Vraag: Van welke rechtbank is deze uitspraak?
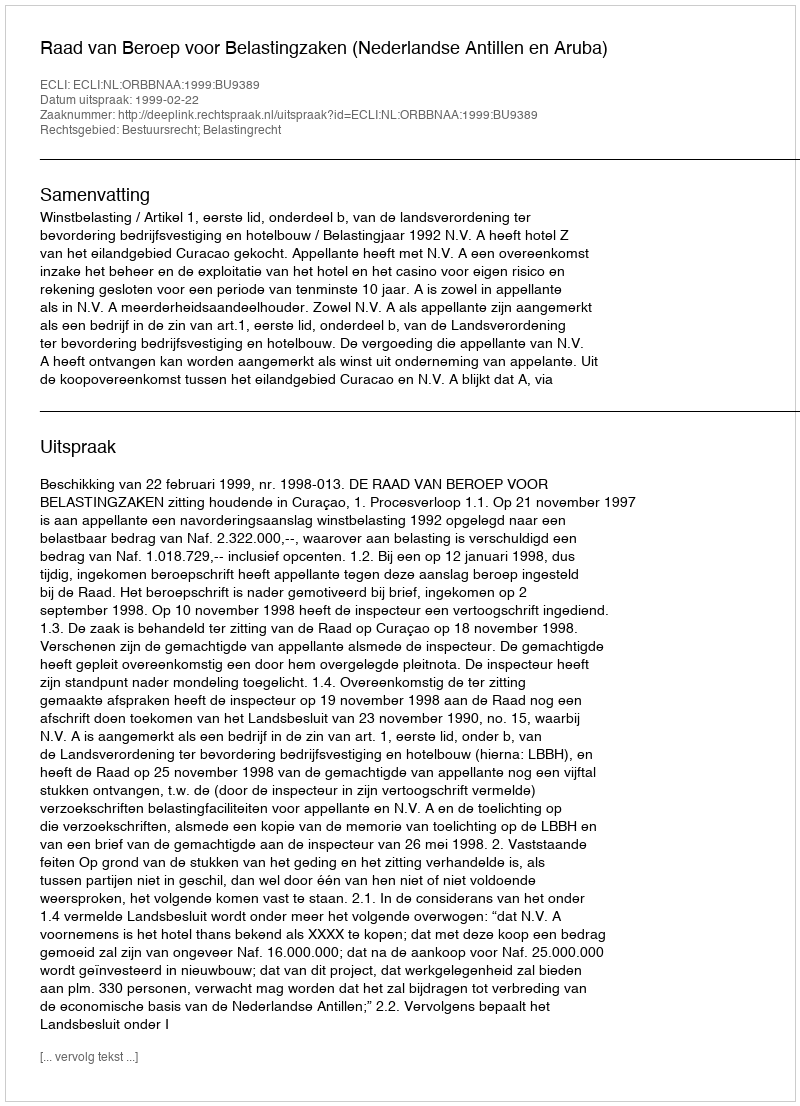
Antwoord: Raad van Beroep voor Belastingzaken (Nederlandse Antillen en Aruba)